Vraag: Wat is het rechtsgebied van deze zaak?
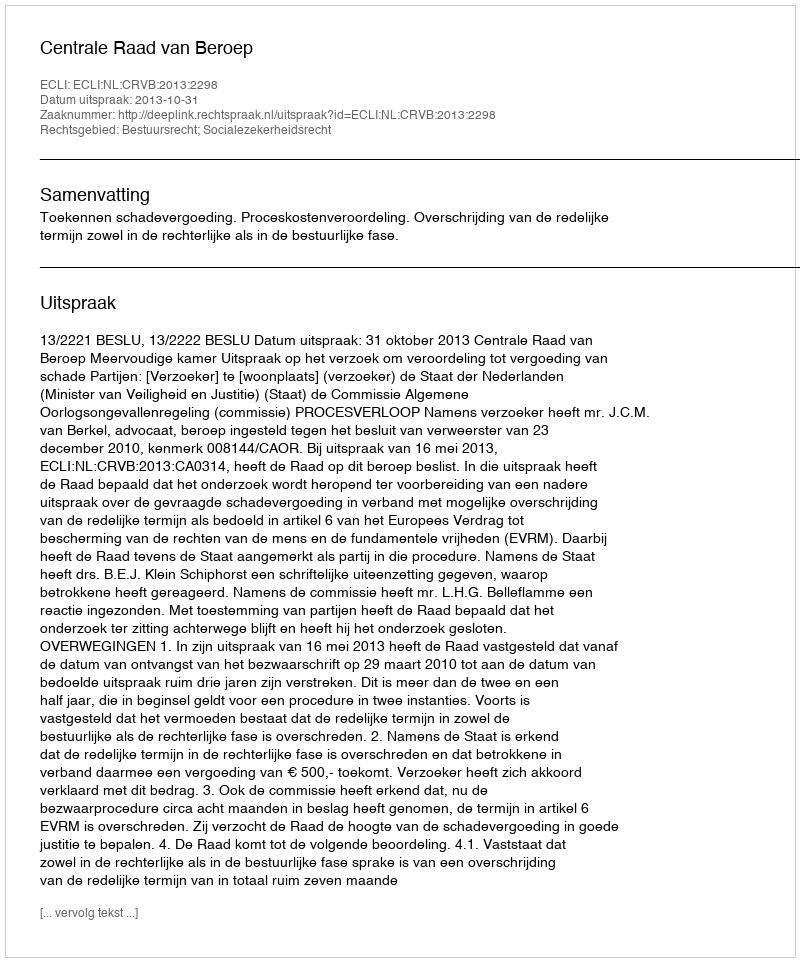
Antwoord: Bestuursrecht; Socialezekerheidsrecht